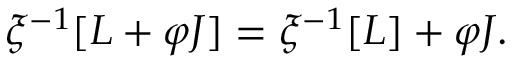
\xi ^ { - 1 } [ { \cal L } + \varphi J ] = \xi ^ { - 1 } [ { \cal L } ] + \varphi J .